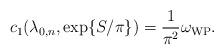
LaTeX: \begin{align*}c_{1}(\lambda_{0,n},\exp\{S/\pi\})=\frac{1}{\pi^{2}}\omega_{\mathrm{WP}}.\end{align*}